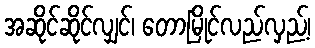
အဆိုင်ဆိုင်လျှင်၊ တောမြိုင်လည်လှည့်၊